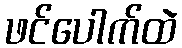
ဖင်ပေါက်ထဲ